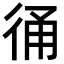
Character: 𢓶